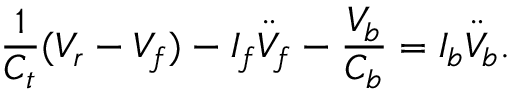
\frac { 1 } { C _ { t } } ( V _ { r } - V _ { f } ) - I _ { f } \ddot { V } _ { f } - \frac { V _ { b } } { C _ { b } } = I _ { b } \ddot { V } _ { b } .